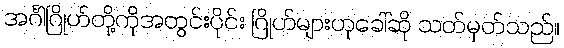
အင်္ဂါဂြိုဟ်တို့ကိုအတွင်းပိုင်း ဂြိုဟ်များဟုခေါ်ဆို သတ်မှတ်သည်။